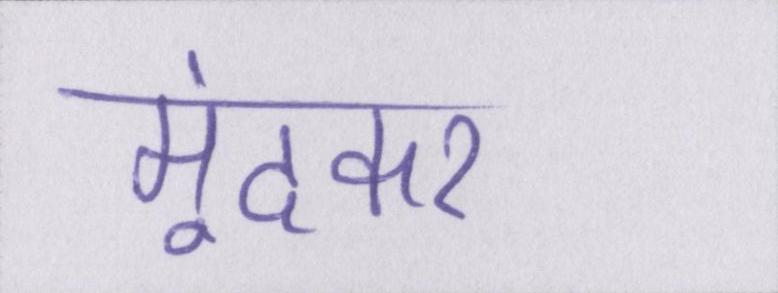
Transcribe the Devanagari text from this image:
मूंदकर